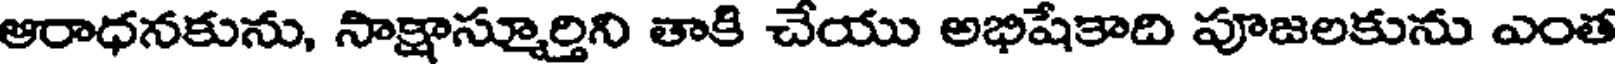
ఆరాధనకును, సాక్షాస్మూర్తిని తాకి చేయు అభిషేకాది పూజలకును ఎంత